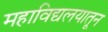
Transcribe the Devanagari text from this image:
महाविद्यलयातून